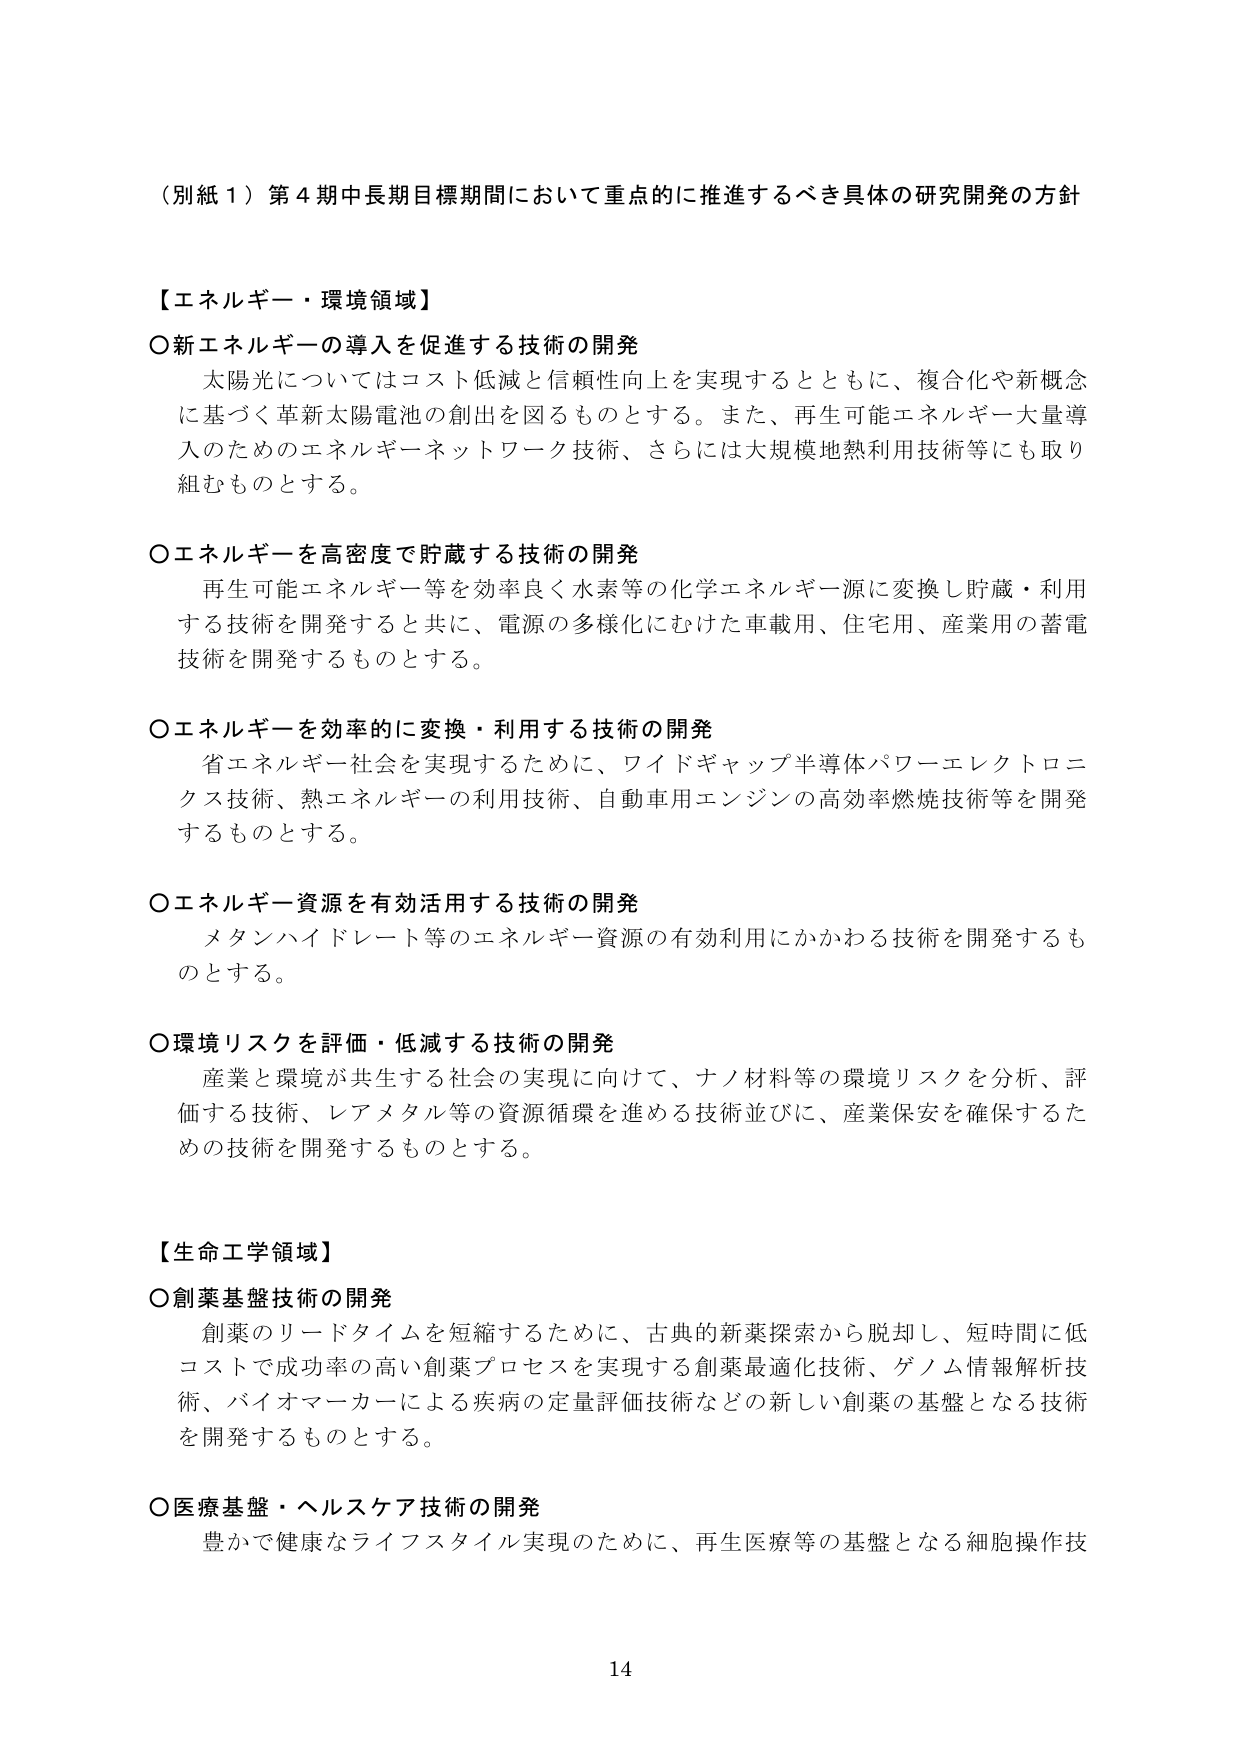
（別紙１）第４期中長期目標期間において重点的に推進するべき具体の研究開発の方針

【エネルギー・環境領域】

〇新エネルギーの導入を促進する技術の開発
　太陽光についてはコスト低減と信頼性向上を実現するとともに、複合化や新概念に基づく革新太陽電池の創出を図るものとする。また、再生可能エネルギー大量導入のためのエネルギーネットワーク技術、さらには大規模地熱利用技術等にも取り組むものとする。

〇エネルギーを高密度で貯蔵する技術の開発
　再生可能エネルギー等を効率良く水素等の化学エネルギー源に変換し貯蔵・利用する技術を開発すると共に、電源の多様化にむけた車載用、住宅用、産業用の蓄電技術を開発するものとする。

〇エネルギーを効率的に変換・利用する技術の開発
　省エネルギー社会を実現するために、ワイドギャップ半導体パワーエレクトロニクス技術、熱エネルギーの利用技術、自動車用エンジンの高効率燃焼技術等を開発するものとする。

〇エネルギー資源を有効活用する技術の開発
　メタンハイドレート等のエネルギー資源の有効利用にかかわる技術を開発するものとする。

〇環境リスクを評価・低減する技術の開発
　産業と環境が共生する社会の実現に向けて、ナノ材料等の環境リスクを分析、評価する技術、レアメタル等の資源循環を進める技術並びに、産業保安を確保するための技術を開発するものとする。

【生命工学領域】

〇創薬基盤技術の開発
　創薬のリードタイムを短縮するために、古典的新薬探索から脱却し、短時間に低コストで成功率の高い創薬プロセスを実現する創薬最適化技術、ゲノム情報解析技術、バイオマーカーによる疾病の定量評価技術などの新しい創薬の基盤となる技術を開発するものとする。

〇医療基盤・ヘルスケア技術の開発
　豊かで健康なライフスタイル実現のために、再生医療等の基盤となる細胞操作技

14